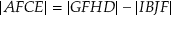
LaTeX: | A F C E | = | G F H D | - | I B J F |